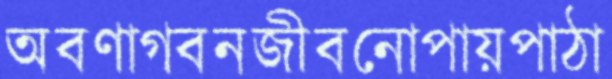
অবণাগবনজীবনোপায়পাঠা